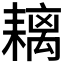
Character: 𦔓